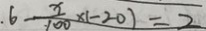
6 - \frac { x } { 1 0 0 } \times ( - 2 0 ) = 2